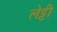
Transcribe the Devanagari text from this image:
लेट्टी